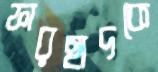
ফারহাদকে